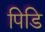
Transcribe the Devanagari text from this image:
पिडि